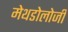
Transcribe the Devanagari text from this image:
मेथडोलोजी